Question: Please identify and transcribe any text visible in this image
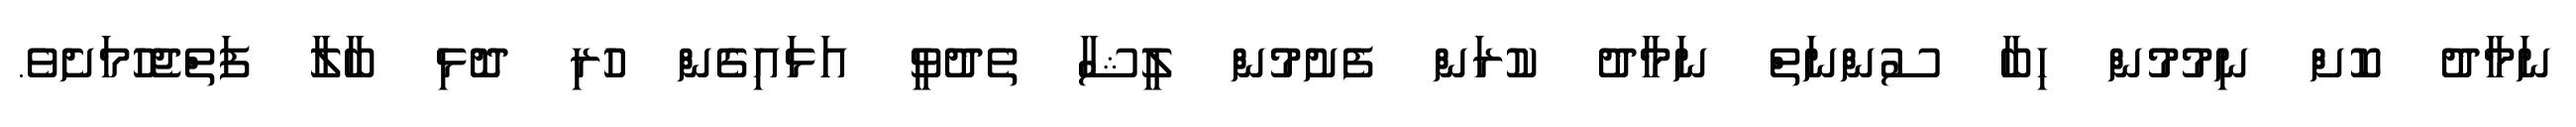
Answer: ނަމާދު ކޮށް ނިމުމުން ހިބާ ސުންނަތް ނަމާދު ކުރަން ފެށުމުން ލީޝާ ތެދުވީ އަޅައިގެން ހުރި ދޮޅި ބާލާ ފަތްޖެހުމަށެވެ.